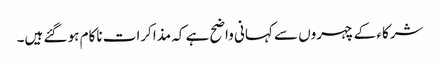
شرکاء کے چہروں سے کہانی واضح ہے کہ مذاکرات ناکام ہو گئے ہیں۔